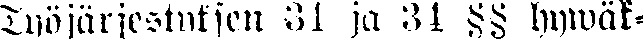
Työjärjestyksen 31 ja 34 §§ hywäk-